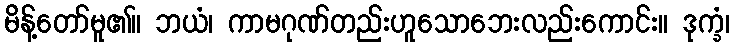
မိန့်တော်မူ၏။ ဘယံ၊ ကာမဂုဏ်တည်းဟူသောဘေးလည်းကောင်း။ ဒုက္ခံ၊